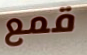
قمع